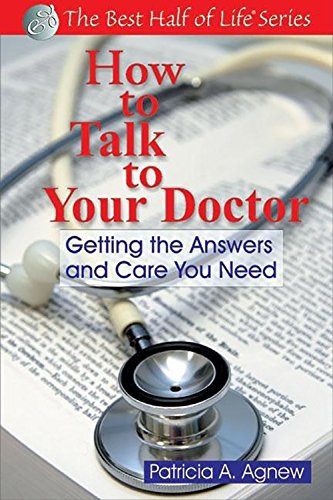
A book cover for How to Talk to Your Doctor: Getting the Answers and Care You Need (Best Half of Life); Patricia A Agnew; Health, Fitness & Dieting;